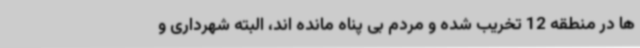
ها در منطقه 12 تخریب شده و مردم بی پناه مانده اند، البته شهرداری و